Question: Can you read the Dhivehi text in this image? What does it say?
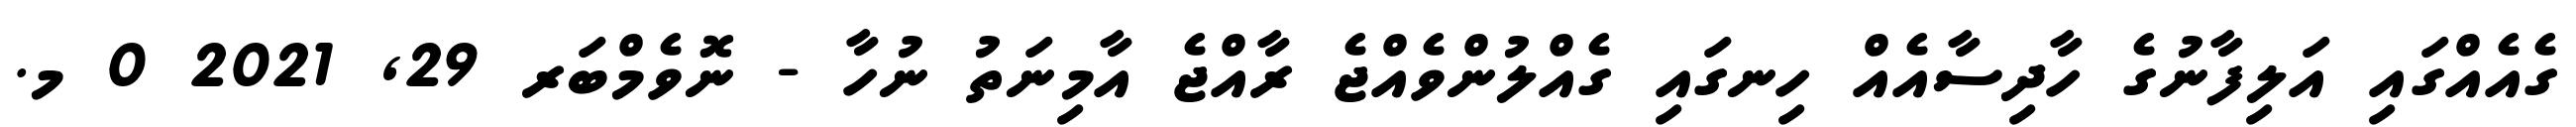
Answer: ގެއެއްގައި އަލިފާނުގެ ހާދިސާއެއް ހިނގައި ގެއްލުންވެއްޖެ ރާއްޖެ އާމިނަތު ނުހާ - ނޮވެމްބަރ 29, 2021 0 މ.